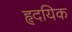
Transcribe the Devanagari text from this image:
हृदयिक